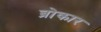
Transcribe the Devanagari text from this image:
ब्रोकार